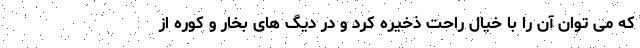
که می توان آن را با خیال راحت ذخیره کرد و در دیگ های بخار و کوره از